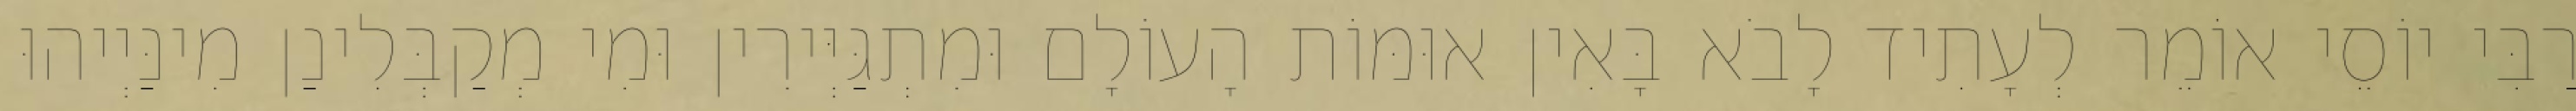
רַבִּי יוֹסֵי אוֹמֵר לְעָתִיד לָבֹא בָּאִין אוּמּוֹת הָעוֹלָם וּמִתְגַּיְּירִין וּמִי מְקַבְּלִינַן מִינַּיְיהוּ